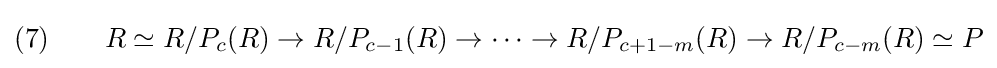
(7)\qquad R\simeq R/P_{c}(R)\to R/P_{c-1}(R)\to \cdots \to R/P_{c+1-m}(R)\to R/P_{c-m}(R)\simeq P